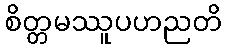
စိတ္တမဿူပဟညတိ